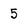
Character: 5